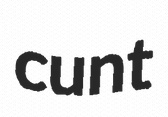
cunt